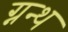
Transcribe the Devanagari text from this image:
ग्नन्थ